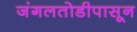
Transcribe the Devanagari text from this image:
जंगलतोडीपासून